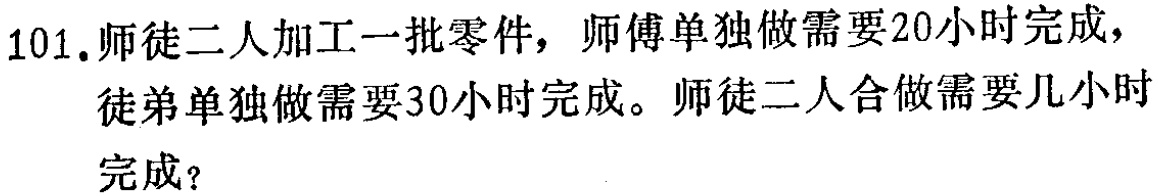
101.师徒二人加工一批零件，师傅单独做需要20小时完成，徒弟单独做需要30小时完成。师徒二人合做需要几小时完成？